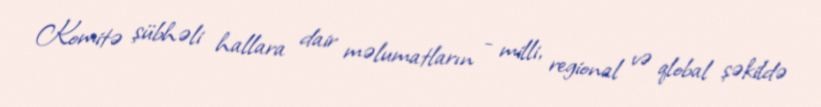
Komitə şübhəli hallara dair məlumatların - milli, regional və qlobal şəkildə